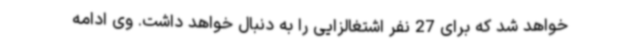
خواهد شد که برای 27 نفر اشتغالزایی را به دنبال خواهد داشت. وی ادامه